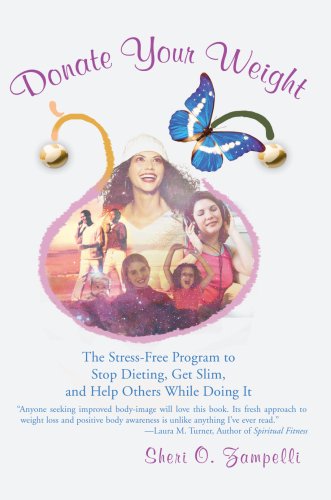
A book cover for Donate Your Weight: The Stress-Free Program to Stop Dieting, Get Slim, and Help Others While Doing It; Sheri Zampelli; Health, Fitness & Dieting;